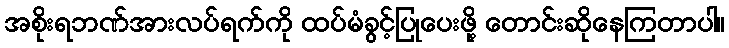
အစိုးရဘဏ်အားလပ်ရက်ကို ထပ်မံခွင့်ပြုပေးဖို့ တောင်းဆိုနေကြတာပါ။